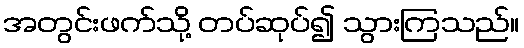
အတွင်းဖက်သို့ တပ်ဆုပ်၍ သွားကြသည်။